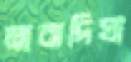
মাঝদিঘা